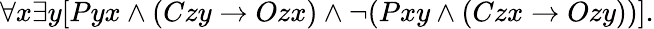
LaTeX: \forall x\exists y[Pyx\land(Czy\rightarrow Ozx)\land\lnot(Pxy\land(Czx\rightarrow Ozy))].